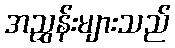
အညွှန်းများသည်